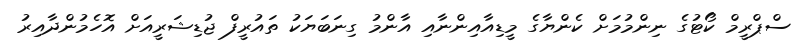
ސްޕްރީމް ކޯޓުގެ ނިންމުމަށް ކެންޔާގެ މީޑިއާއިންނާއި އާންމު ގިނަބަޔަކު ތައުރީފް ޖުޑިޝަރީއަށް އޮހެމުންދާއިރު